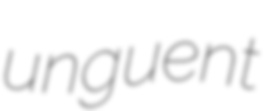
unguent